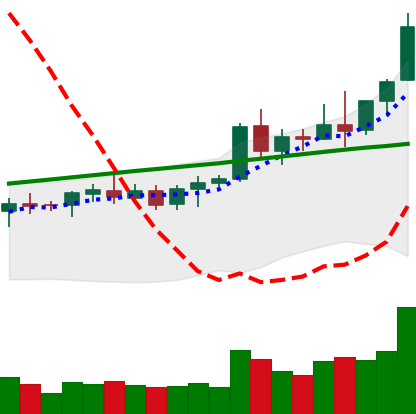
Ticker: ETC-USD
Chart end date: 2021-08-15
Forward return: -6.496%
Label: down_5_7